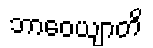
ဘာဝေယျာတိ